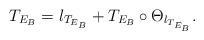
LaTeX: \begin{align*}T_{E_B}=l_{T_{E_B}}+T_{E_B}\circ\Theta_{l_{T_{E_B}}}. \end{align*}